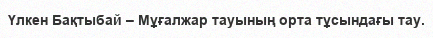
Үлкен Бақтыбай – Мұғалжар тауының орта тұсындағы тау.